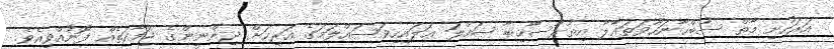
އަރަހުށި މާތް ސުބްޙާނަހޫވަތަޢާލާ އިތުރުސާހިބާ ޞައްލަ ޢަލައިހިވަސައްލަމަގެ އަރިހަށް ޖިންނީންގެ ޖަމާއަތެއް ފޮނުއްވިއެވެ.